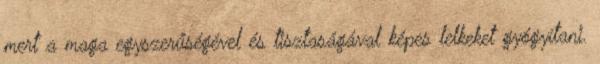
mert a maga egyszerűségével és tisztaságával képes lelkeket gyógyítani.